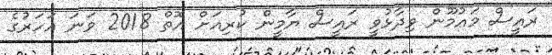
ރައީސް މައުމޫން ވިދާޅުވީ ރައީސް ޔާމީން ކުރިއަށް އޮތް 2018 ވަަނަ އަހަރުގެ